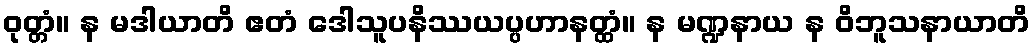
ဝုတ္တံ။ န မဒါယာတိ ဧတံ ဒေါသူပနိဿယပ္ပဟာနတ္ထံ။ န မဏ္ဍနာယ န ဝိဘူသနာယာတိ